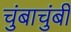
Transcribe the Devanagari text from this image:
चुंबाचुंबी